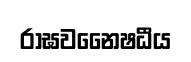
රාඝවනෛෂධීය